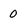
Character: 0